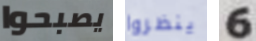
يصبحوا ينظروا 6